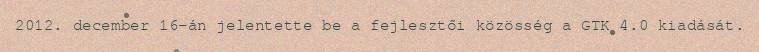
2012. december 16-án jelentette be a fejlesztői közösség a GTK 4.0 kiadását.